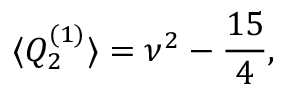
\langle Q _ { 2 } ^ { ( 1 ) } \rangle = \nu ^ { 2 } - \frac { 1 5 } { 4 } ,